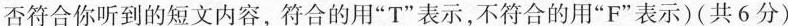
否符合你听到的短文内容,符合的用"T"表示,不符合的用"F"表示)(共6分)